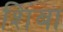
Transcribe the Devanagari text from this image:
शिंबा